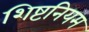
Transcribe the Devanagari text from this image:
शिष्टनियम